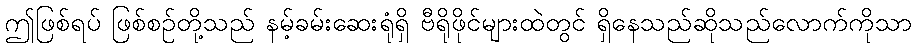
ဤဖြစ်ရပ် ဖြစ်စဉ်တို့သည် နမ့်ခမ်းဆေးရုံရှိ ဗီရိုဖိုင်များထဲတွင် ရှိနေသည်ဆိုသည်လောက်ကိုသာ